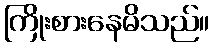
ကြိုးစားနေမိသည်။